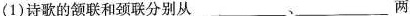
1)诗歌的颔联和颈联分别从______、___两